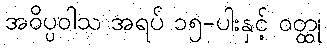
အဝိပ္ပဝါသ အရပ် ၁၅-ပါးနှင့် ဝတ္ထု